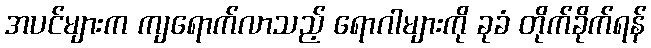
အပင်များက ကျရောက်လာသည့် ရောဂါများကို ခုခံ တိုက်ခိုက်ရန်